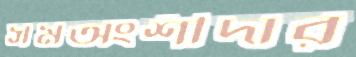
সমঅংশীদার